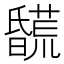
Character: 𣋯